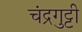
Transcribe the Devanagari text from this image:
चंद्रगुट्टी